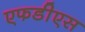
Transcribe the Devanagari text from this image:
एफडीएस